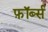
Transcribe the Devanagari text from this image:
फ़ॉर्ब्स